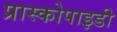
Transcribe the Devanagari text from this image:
प्रास्कोपाइडी